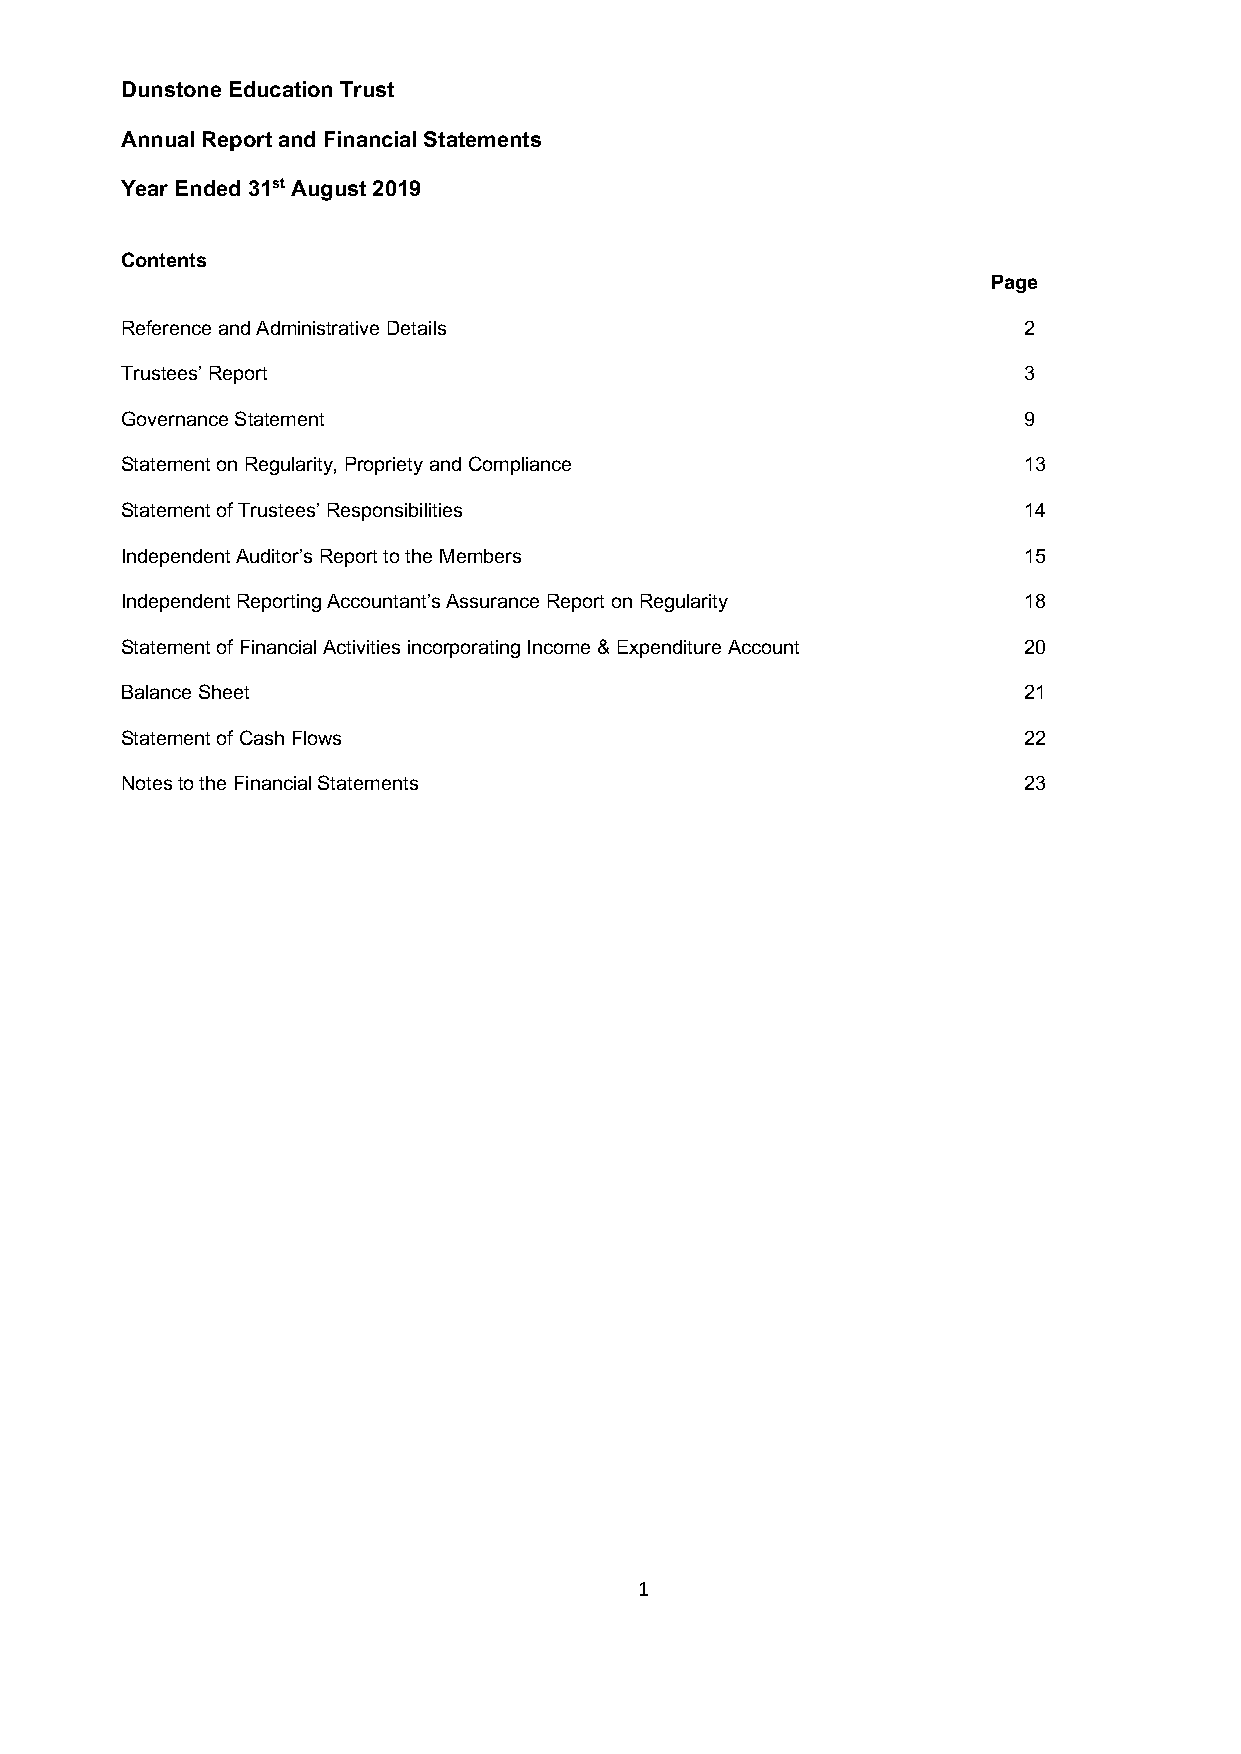
Dunstone Education Trust
 Annual Report and Financial Statements
 Year Ended 31st August 2019
 Contents
 Page
 Reference and Administrative Details                        2
 Trustees’ Report                                            3
 Governance Statement                                        9
 Statement on Regularity, Propriety and Compliance           13
 Statement of Trustees’ Responsibilities                     14
 Independent Auditor’s Report to the Members                 15
 Independent Reporting Accountant’s Assurance Report on Regularity 18
 Statement of Financial Activities incorporating Income & Expenditure Account 20
 Balance Sheet                                               21
 Statement of Cash Flows                                     22
 Notes to the Financial Statements                           23
 1